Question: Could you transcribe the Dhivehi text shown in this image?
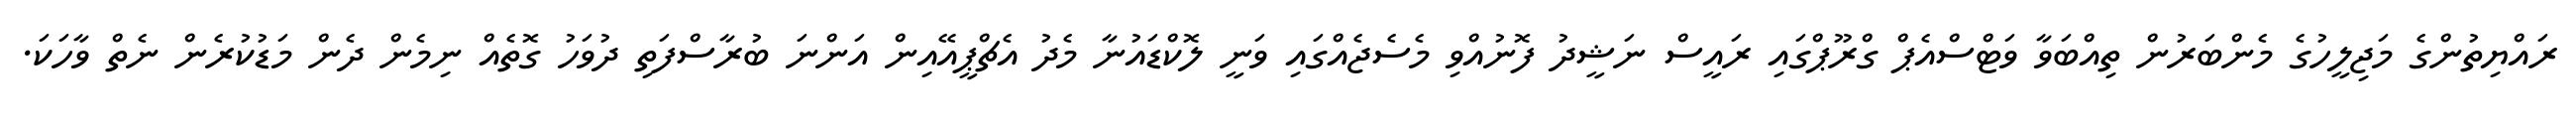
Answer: ރައްޔިތުންގެ މަޖިލީހުގެ މެންބަރުން ތިއްބަވާ ވަޓްސްއެޕް ގްރޫޕްގައި ރައީސް ނަޝީދު ފޮނުއްވި މެސެޖެއްގައި ވަނީ ލޮކްޑައުނާ މެދު އެޗްޕީއޭއިން އަންނަ ބުރާސްފަތި ދުވަހު ގޮތެއް ނިމެން ދެން މަޑުކުރެން ނެތް ވާހަކަ.